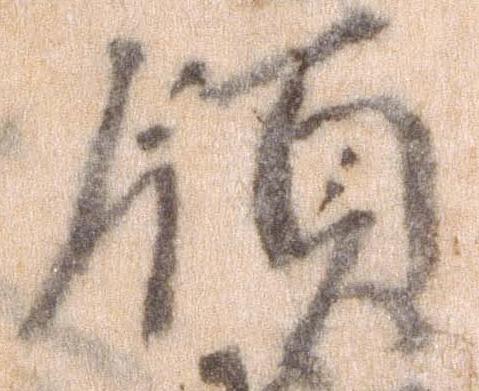
領